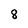
Character: 8